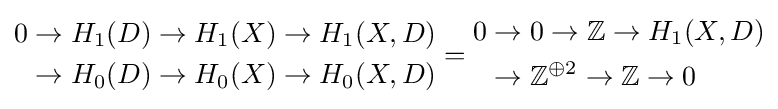
{\begin{aligned}0&\to H_{1}(D)\to H_{1}(X)\to H_{1}(X,D)\\&\to H_{0}(D)\to H_{0}(X)\to H_{0}(X,D)\end{aligned}}={\begin{aligned}0&\to 0\to \mathbb {Z} \to H_{1}(X,D)\\&\to \mathbb {Z} ^{\oplus 2}\to \mathbb {Z} \to 0\end{aligned}}